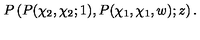
P \left( P ( \chi _ { 2 } , \chi _ { 2 } ; 1 ) , P ( \chi _ { 1 } , \chi _ { 1 } , w ) ; z \right) .